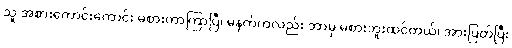
သူ အစားကောင်းကောင်း မစားတာကြာပြီ၊ မနက်ကလည်း ဘာမှ မစားဘူးထင်တယ်၊ အားပြတ်ပြီး